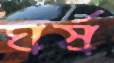
ঘর্ষ